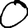
Digit: 0